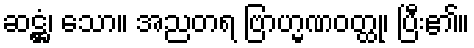
ဆဋ္ဌံ၊ သော။ အညတရ ဗြာဟ္မဏဝတ္ထု၊ ပြီး၏။